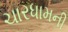
ચારધામની